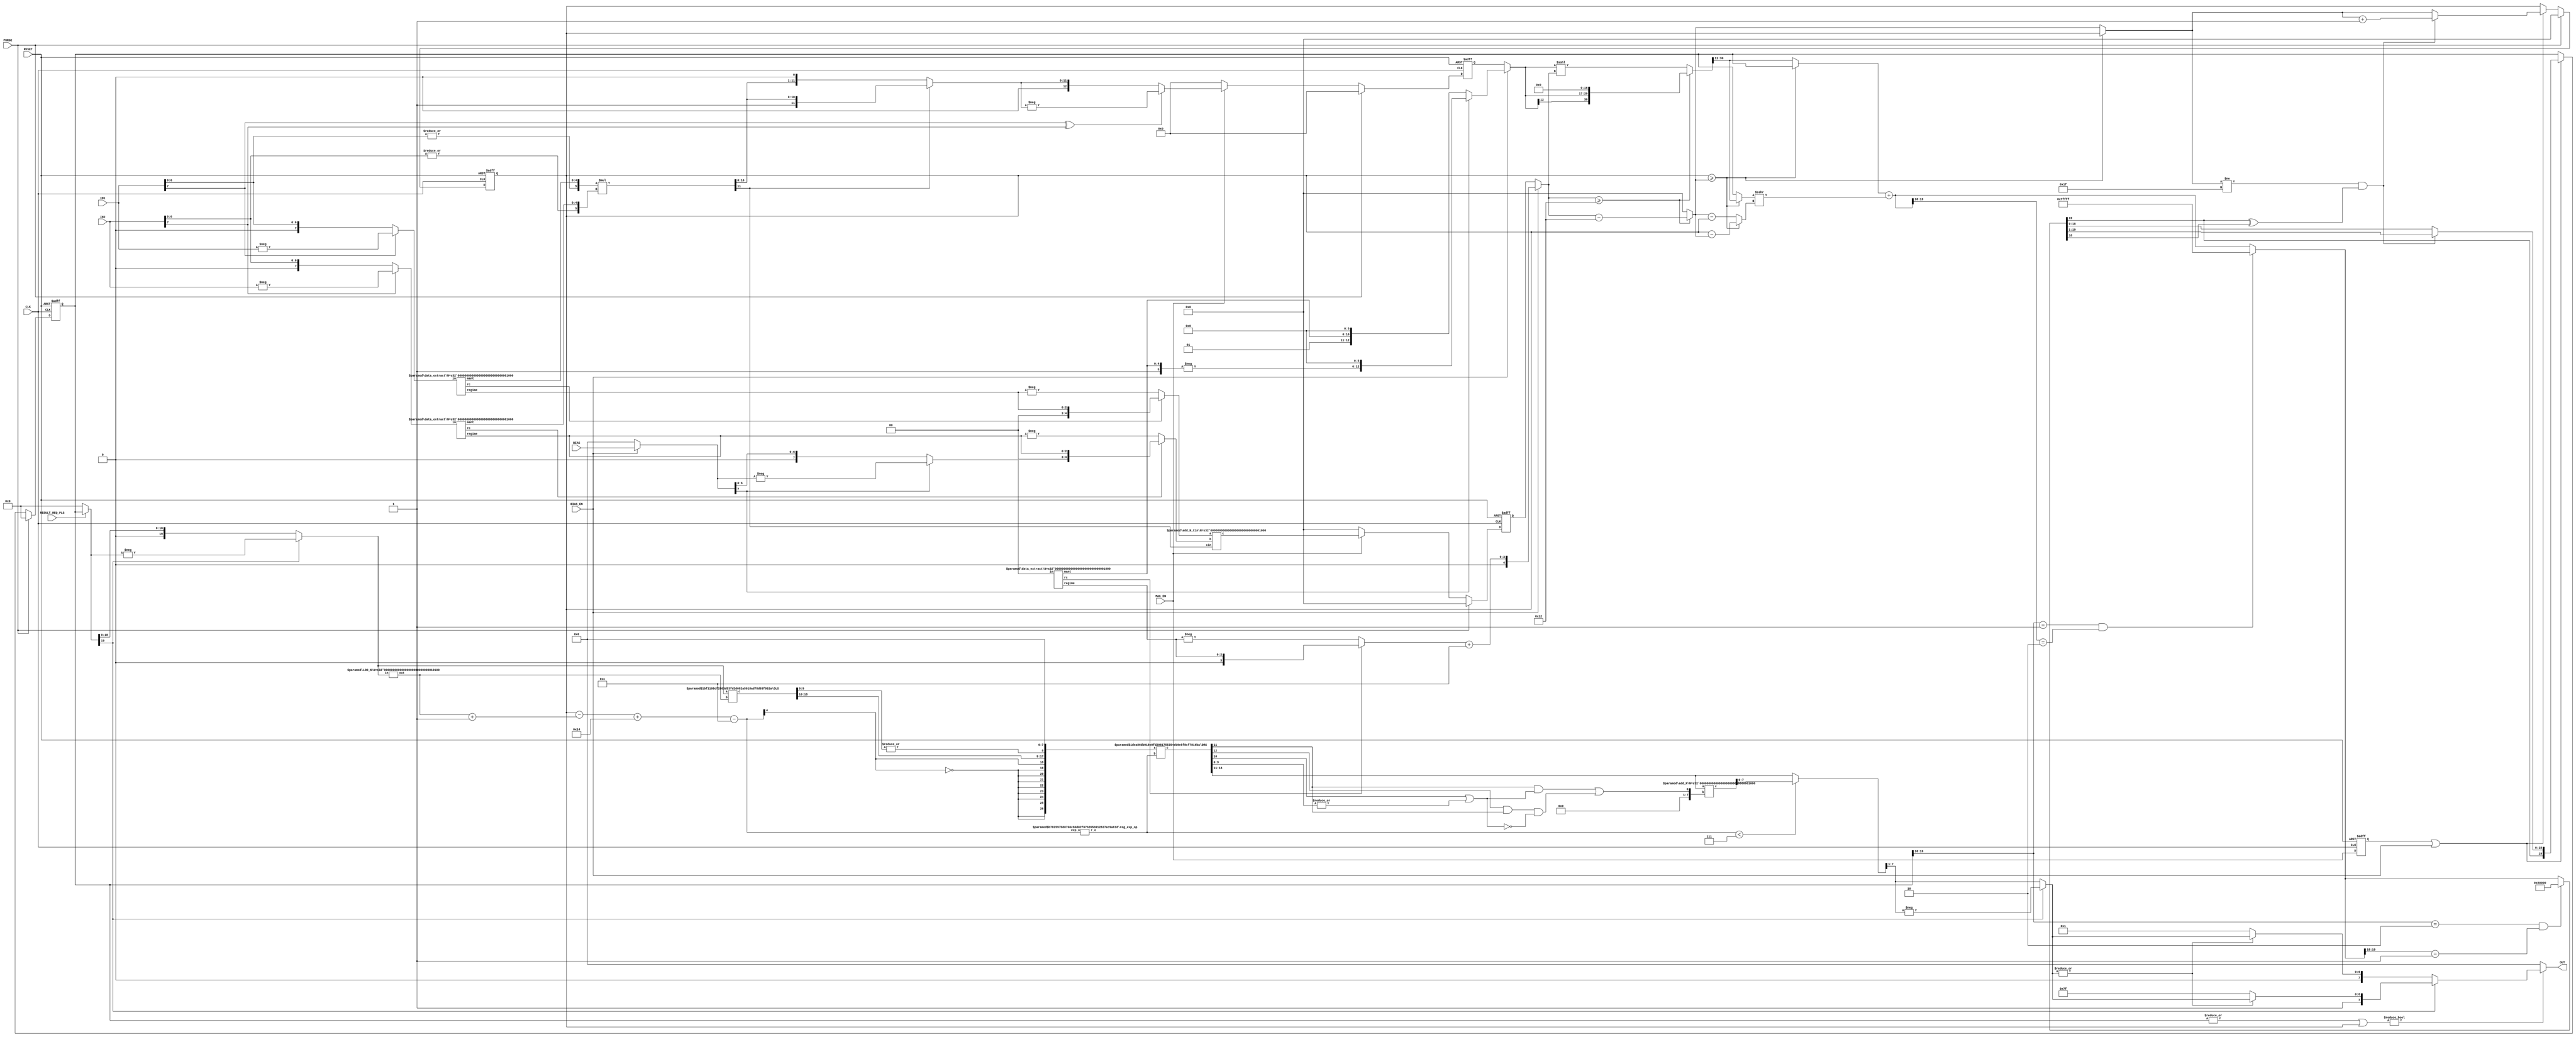
`timescale 1ns / 1ns
module posit_mac_f_es0(IN1, IN2, BIAS, MAC_EN, PURGE, RESULT_REQ_PLS, BIAS_EN, CLK, RESET, OUT);

function [31:0] log2;
input reg [31:0] value;
	begin
	value = value-1;
	for (log2=0; value>0; log2=log2+1)
        	value = value>>1;
      	end
endfunction

parameter N = 8;
parameter qsize = 20;
parameter ext = 13;

parameter Bs = log2(N);
parameter bias = 2*(N-2);
parameter qsize2 = (2*bias)+2 + ext;
parameter q_s1 = log2(qsize);
parameter q_s2 = log2(qsize2);
parameter mult_bw = 2*(N-2);
parameter ss = log2(qsize2 - qsize);
parameter quire_bias = qsize - 2;

input [N-1:0] IN1, IN2, BIAS;
input MAC_EN, PURGE, RESULT_REQ_PLS, BIAS_EN;
input CLK, RESET;
output [N-1:0] OUT;

//Bias Decode
wire [N-1:0] bias_in;
assign bias_in = BIAS_EN ? BIAS : 0;
wire [N-1:0] xbias = bias_in[N-1] ? -bias_in : bias_in;
wire rc_b;
wire [Bs-1:0] regime_b;
wire [N-4:0] mant_b;
data_extract #(.N(N)) decode_bias(.in(xbias), .rc(rc_b), .regime(regime_b), .mant(mant_b));
wire [N-3:0] m_b = {1'b1,mant_b};
wire [Bs:0] r_b = rc_b ? {1'b0,regime_b} : -regime_b;
wire [Bs:0] bias_ex = r_b + bias;
wire signed [mult_bw:0] acc_bias_value = bias_in[N-1] ? -m_b <<< (mult_bw - (N-3) - 1) : m_b <<< (mult_bw - (N-3) - 1);

//Decode
wire s1 = IN1[N-1];
wire s2 = IN2[N-1];
wire zero_tmp1 = |IN1[N-2:0];
wire zero_tmp2 = |IN2[N-2:0];
wire zero1 = ~(IN1[N-1] | zero_tmp1);
wire zero2 = ~(IN2[N-1] | zero_tmp2);
assign zero = zero1 & zero2;
wire rc1, rc2;
wire [Bs-1:0] regime1, regime2;
wire [N-4:0] mant1, mant2;
wire [N-1:0] xin1 = s1 ? -IN1 : IN1;
wire [N-1:0] xin2 = s2 ? -IN2 : IN2;
data_extract #(.N(N)) decode1(.in(xin1), .rc(rc1), .regime(regime1), .mant(mant1));
data_extract #(.N(N)) decode2(.in(xin2), .rc(rc2), .regime(regime2), .mant(mant2));
wire [N-3:0] m1 = {zero_tmp1,mant1}, m2 = {zero_tmp2,mant2};

//multiplication
wire mult_s = s1 ^ s2;
wire [mult_bw-1:0] mult_m = m1 * m2;
wire mult_m_ovf = mult_m[mult_bw-1];
wire [mult_bw-1:0] mult_mN_tmp = ~mult_m_ovf ? mult_m << 1'b1 : mult_m;
wire [mult_bw:0] mult_mN = mult_s ? -{1'b0,mult_mN_tmp} : {1'b0,mult_mN_tmp};
wire signed [Bs+1:0] r1 = rc1 ? {2'b0,regime1} : -regime1;
wire signed [Bs+1:0] r2 = rc2 ? {2'b0,regime2} : -regime2;
wire [Bs+1:0] mult_e;
add_N_Cin #(.N(N)) exp_add(r1, r2, mult_m_ovf, mult_e);

reg signed [mult_bw:0] mult_reg;
reg [Bs+1:0] mult_scale_reg;
always @(posedge CLK or negedge RESET)begin
    if(RESET == 1'b0)
        mult_reg <= 0;
    else if(PURGE)
        mult_reg <= 0;
    else if(MAC_EN)
        mult_reg <= mult_mN;
    else
        mult_reg <= 0; 
end
always @(posedge CLK or negedge RESET)begin
    if(RESET == 1'b0)
        mult_scale_reg <= 0;
    else if(PURGE)
        mult_scale_reg <= 0;
    else if(MAC_EN)
        mult_scale_reg <= mult_e;
    else
        mult_scale_reg <= 0;
end

//accumulation
reg signed [mult_bw:0] mult;
reg [Bs+1:0] mult_scale;
reg [ss-1:0] q_scale_reg;
reg signed [qsize-1:0] quire_reg;
reg signed [qsize+mult_bw-2:0] add_value;
reg [ss-1:0] add_scale;
reg signed [qsize-1:0] small_value;
reg [ss-1:0] small_scale;
reg signed [qsize-1:0] big_value;
reg [ss-1:0] big_scale;
reg [ss-1:0] scale_diff;

reg signed [qsize-1:0] quire;
reg signed [qsize-1:0] quire_tmp;
reg [ss-1:0] q_scale;
reg [ss-1:0] q_scale_tmp;
reg signed [ss-1:0] shift_q;
always @(*) begin
    if(BIAS_EN)begin
        mult = acc_bias_value;
        mult_scale = bias_ex;
    end
    else begin
        mult = mult_reg;
        mult_scale = mult_scale_reg;
    end
    if(mult_scale >= quire_bias) begin
        add_value = mult <<< (quire_bias-1);
        add_scale = mult_scale - quire_bias;
    end
    else begin
        add_value = mult <<< mult_scale;
        add_scale = 0;  
    end
    if(q_scale_reg >= add_scale)begin
        scale_diff  = q_scale_reg - add_scale;
        big_value   = quire_reg;
        big_scale   = q_scale_reg;
        small_value = add_value[qsize+mult_bw-2:mult_bw-1];
        small_scale = add_scale;
    end
    else begin
        scale_diff  = add_scale - q_scale_reg;
        big_value   = add_value[qsize+mult_bw-2:mult_bw-1];
        big_scale   = add_scale;
        small_value = quire_reg;
        small_scale = q_scale_reg;
    end
    quire   = big_value + (small_value >>> scale_diff);
    q_scale = big_scale;
    if(quire_reg[qsize-1:qsize-2] == 2'b01 && quire[qsize-1:qsize-2] == 2'b10) begin //plus overflow
        quire = {1'b0,{(qsize - 1){1'b1}}};
    end
    if(quire_reg[qsize-1:qsize-2] == 2'b10 && quire[qsize-1:qsize-2] == 2'b01) begin //minus overflow
        quire = {1'b1,{(qsize - 1){1'b0}}};
    end
    if(q_scale != {(ss){1'b1}} && quire[qsize-1]^quire[qsize-2]) begin
        quire   = quire >>> 1;
        q_scale = q_scale + 1;
    end
end

//MAC_EN
reg acc_en;
always @(posedge CLK or negedge RESET)begin
    if(RESET == 1'b0)
        acc_en <= 0;
    else
        acc_en <= MAC_EN;
end
//quire
always@(posedge CLK or negedge RESET)begin
    if(RESET == 1'b0)
        quire_reg <= 0;
    else if(PURGE)
        quire_reg <= 0;
    else if(acc_en | BIAS_EN)
        quire_reg <= quire;
    else
        quire_reg <= quire_reg;
end
//quire_scale
always@(posedge CLK or negedge RESET)begin
    if(RESET == 1'b0)
        q_scale_reg <= 0;
    else if(PURGE)
        q_scale_reg <= 0;
    else if(acc_en | BIAS_EN)
        q_scale_reg <= q_scale;
    else
        q_scale_reg <= q_scale_reg;
end

//encode
wire [qsize-1:0] quire_masked = RESULT_REQ_PLS ? quire_reg : 0;
wire [qsize-1:0] quire_abs = quire_masked[qsize-1] ? -quire_masked : quire_masked;
wire [q_s1-1:0] val_quire;
LOD_N #(.N(qsize)) valid_quire(.in(quire_abs), .out(val_quire));

wire [qsize-1:0] quire_frac_s;
DLS #(.N(qsize), .S(q_s1), .O(qsize)) get_qfrac (.a(quire_abs), .b(val_quire), .c(quire_frac_s));

wire signed [Bs+1:0] quire_exp = q_scale_reg - (val_quire + 1) + qsize - bias;

wire [Bs:0] r_o;
reg_exp_op #(.Bs(Bs), .N(N)) e_r_out(quire_exp, r_o);

wire [2*N-1+3:0] tmp_o = {{N{~quire_exp[Bs+1]}},quire_exp[Bs+1],quire_frac_s[qsize-2:(qsize-2)-((N-1)+1)],|quire_frac_s[((qsize-2)-((N-1)+1))-1:0]};

wire [3*N-1+3:0] tmp1_o;
DRS #(.N(3*N+3), .S(Bs+1), .O(3*N+3)) drs (.a({tmp_o,{N{1'b0}}}), .b(r_o), .c(tmp1_o));

wire L = tmp1_o[N+4], G = tmp1_o[N+3], R = tmp1_o[N+2], St = |tmp1_o[N+1:0],
     ulp = ((G & (R | St)) | (L & G & ~(R | St)));
wire [N-1:0] rnd_ulp = {{N-1{1'b0}},ulp};

wire [N:0] tmp1_o_rnd_ulp;
add_N #(.N(N)) uut_add_ulp (tmp1_o[2*N-1+3:N+3], rnd_ulp, tmp1_o_rnd_ulp);
wire [N-1:0] tmp1_o_rnd = (r_o < N -1) ? tmp1_o_rnd_ulp[N-1:0] : tmp1_o[2*N-1+3:N+3];

wire [N-2:0] tmp1_oN = quire_masked[qsize-1] ? -tmp1_o_rnd[N-1:1] : tmp1_o_rnd[N-1:1];

wire [N-1:0] OUT_tmp_p;
wire [N-1:0] OUT_tmp_n;
assign OUT_tmp_p = (|tmp1_oN) ? {quire_masked[qsize-1], tmp1_oN} : {quire_masked[qsize-1],{(N-2){1'b0}},1'b1};
assign OUT_tmp_n = (|tmp1_oN) ? {quire_masked[qsize-1], tmp1_oN} : {N{1'b1}};
wire [N-1:0] OUT_tmp;
assign OUT = (|quire_reg | q_scale_reg) ? (quire_masked[qsize-1] ? OUT_tmp_n : OUT_tmp_p) : 0;

endmodule

///////////////////////////////////////////////////////////////////
///////////////////////////////////////////////////////////////////
module data_extract(in, rc, regime, mant);

function [31:0] log2;
input reg [31:0] value;
	begin
	value = value-1;
	for (log2=0; value>0; log2=log2+1)
        	value = value>>1;
      	end
endfunction

parameter N=8;
parameter Bs=log2(N);
input [N-1:0] in;
output rc;
output [Bs-1:0] regime;
output [N-4:0] mant;

wire [N-1:0] xin = in;
assign rc = xin[N-2];

wire [N-1:0] xin_r = rc ? ~xin : xin;

wire [Bs-1:0] k;
LOD_N #(.N(N)) xinst_k(.in({xin_r[N-2:0],rc^1'b0}), .out(k));

assign regime = rc ? k-1 : k;

wire [N-1:0] xin_tmp;
DLS #(.N(N), .S(Bs), .O(N)) ls (.a({xin[N-3:0],2'b0}),.b(k),.c(xin_tmp));

assign mant = xin_tmp[N-1:3];

endmodule

module LOD_N (in, out);

  function [31:0] log2;
    input reg [31:0] value;
    begin
      value = value-1;
      for (log2=0; value>0; log2=log2+1)
	value = value>>1;
    end
  endfunction

parameter N = 8;
parameter S = log2(N); 
input [N-1:0] in;
output [S-1:0] out;

wire vld;
LOD #(.N(N)) l1 (in, out, vld);
endmodule


module LOD (in, out, vld);

function [31:0] log2;
input reg [31:0] value;
begin
    value = value-1;
    for (log2=0; value>0; log2=log2+1)
value = value>>1;
end
endfunction

function [31:0] bekizyo;
input reg [31:0] value;
begin
    bekizyo = 1<<value;
end
endfunction


parameter N = 8;
parameter S = log2(N);
parameter Sf = bekizyo(S);

   input [N-1:0] in;
   output [S-1:0] out;
   output vld;

  generate
    if (N == 2)
      begin
        assign vld = |in;
        assign out = ~in[1] & in[0];
      end
    else if (N & (N-1))
      LOD #(Sf) LOD ({in,{((Sf) - N) {1'b0}}},out,vld);
    else
      begin
        wire [S-2:0] out_l, out_h;
        wire out_vl, out_vh;
        LOD #(N>>1) l(in[(N>>1)-1:0],out_l,out_vl);
        LOD #(N>>1) h(in[N-1:N>>1],out_h,out_vh);
        assign vld = out_vl | out_vh;
        assign out = out_vh ? {1'b0,out_h} : {out_vl,out_l};
      end
  endgenerate
endmodule

module DLS(a,b,c);

parameter N=8;
parameter S=3;
parameter O = 8;
input [N-1:0] a;
input [S-1:0] b;
output [O-1:0] c;

wire [O-1:0] tmp [S-1:0];
assign tmp[0]  = b[0] ? a << 7'd1  : a; 
genvar i;
generate
	for (i=1; i<S; i=i+1)begin:loop_blk
		assign tmp[i] = b[i] ? tmp[i-1] << 2**i : tmp[i-1];
	end
endgenerate
assign c = tmp[S-1];

endmodule

module add_N_Cin (a,b,cin,c);
function [31:0] log2;
input reg [31:0] value;
	begin
	value = value-1;
	for (log2=0; value>0; log2=log2+1)
        	value = value>>1;
      	end
endfunction
parameter N = 8;
parameter Bs = log2(N);
parameter bias = 2*(N-2);
input signed [Bs+1:0] a,b;
input cin;
output [Bs+1:0] c;
assign c = a + b + cin + bias;
endmodule

module reg_exp_op (exp_o, r_o);
parameter Bs=3;
parameter N = 8;
input [Bs+1:0] exp_o;
output [Bs:0] r_o;

wire [Bs:0] r_o_tmp;
assign r_o_tmp = exp_o[Bs+1] ? (~exp_o[Bs:0]) + 1 : exp_o[Bs:0] + 1;
wire [Bs:0] r_o;
assign r_o = (r_o_tmp > (N-1)) ? N-1 : r_o_tmp;
endmodule

module conv_2c (a,c);
parameter N=10;
input [N:0] a;
output [N:0] c;
assign c = a + 1'b1;
endmodule

module add_N (a,b,c);
parameter N=10;
input [N-1:0] a,b;
output [N:0] c;
assign c = {1'b0,a} + {1'b0,b};
endmodule

module DRS(a,b,c);
        parameter N=8;
        parameter S=3;
        parameter O=8;
        input [N-1:0] a;
        input [S-1:0] b;
        output [O-1:0] c;

wire [O-1:0] tmp [S-1:0];
assign tmp[0]  = b[0] ? a >> 7'd1  : a; 
genvar i;
generate
	for (i=1; i<S; i=i+1)begin:loop_blk
		assign tmp[i] = b[i] ? tmp[i-1] >> 2**i : tmp[i-1];
	end
endgenerate
assign c = tmp[S-1];

endmodule

module DRS_S(a,b,c);
parameter N = 8;
parameter S = 3;
parameter O = 8;
input [N-1:0] a;
input [S-1:0] b;
output [O-1:0] c;
wire signed [N-1:0] a2;
wire signed [S-1:0] b2;
wire signed [O-1:0] c2;
assign a2 = a;
assign b2 = b;
assign c2 = a2 >>> b2;
assign c = c2;
endmodule